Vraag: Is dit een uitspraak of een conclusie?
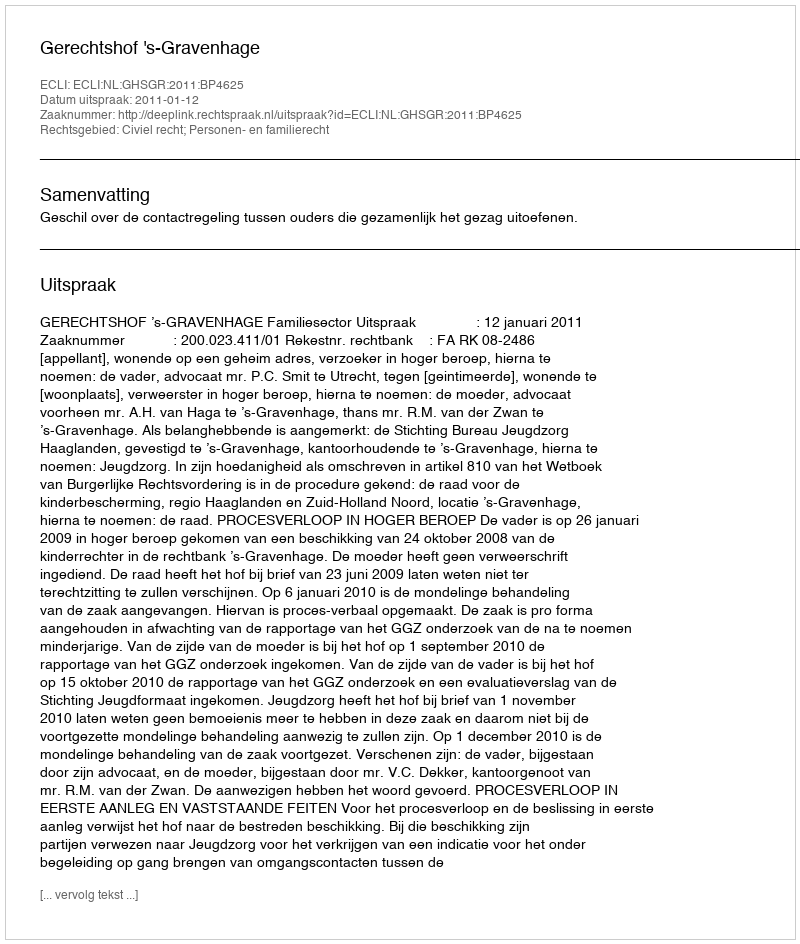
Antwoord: Uitspraak